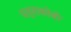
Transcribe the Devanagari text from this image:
पत्ताकोबी